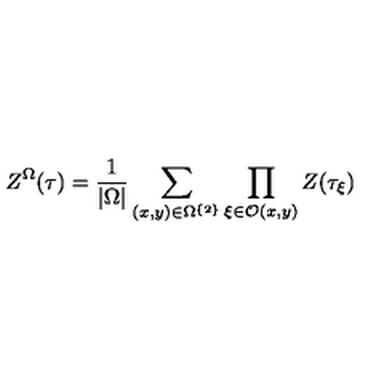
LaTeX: Z ^ { \Omega } ( \tau ) = \frac { 1 } { | \Omega | } \sum _ { ( x , y ) \in \Omega ^ { \left\{ 2 \right\} } } \prod _ { \xi \in \mathcal { O } ( x , y ) } Z ( \tau _ { \xi } )